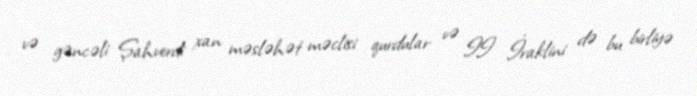
və gəncəli Şahverdi xan məsləhət məclisi qurdular və II İraklini də bu birliyə